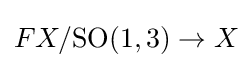
FX/\mathrm {SO} (1,3)\to X